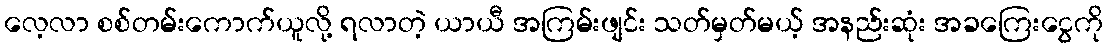
လေ့လာ စစ်တမ်းကောက်ယူလို့ ရလာတဲ့ ယာယီ အကြမ်းဖျင်း သတ်မှတ်မယ့် အနည်းဆုံး အခကြေးငွေကို